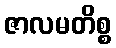
ဇာလမတိစ္စ